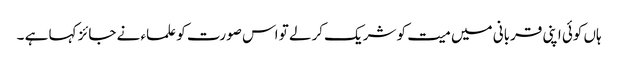
ہاں کوئی اپنی قربانی میں میت کو شریک کرلے تو اس صورت کو علماء نے جائز کہا ہے ۔